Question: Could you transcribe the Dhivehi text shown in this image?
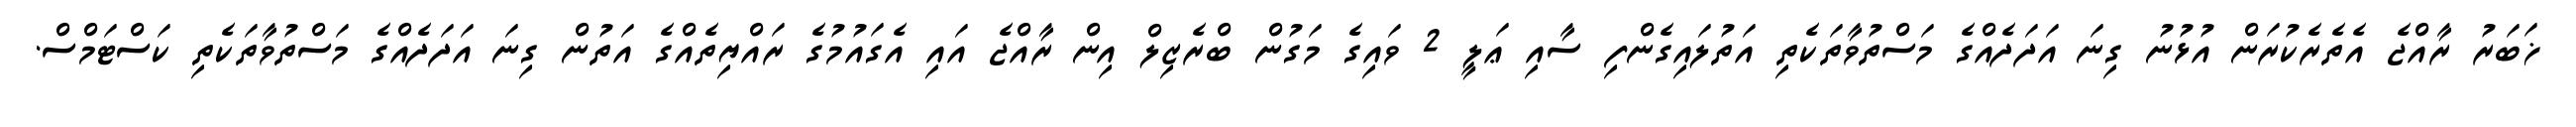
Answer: ޚަބަރު ރާއްޖެ އެތެރެކުރަން އުޅުނު ގިނަ އަދަދެއްގެ މަސްތުވާތަކެތި އަތުލައިގެންފި ސާއި ޢަލީ 2 ވައިގެ މަގުން ބްރެޒިލް އިން ރާއްޖެ އައި އެގައުމުގެ ރައްޔިތެއްގެ އަތުން ގިނަ އަދަދެއްގެ މަސްތުވާތަކެތި ކަސްޓަމްސް.